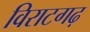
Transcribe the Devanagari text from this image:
विराटगढ़